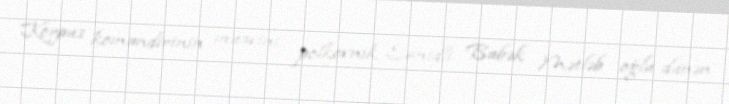
Korpus komandirinin müavini, polkovnik Səmidli Babək Mətləb oğlu dünən